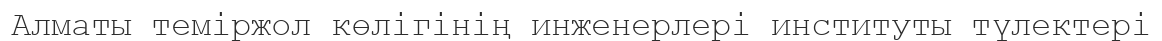
Алматы теміржол көлігінің инженерлері институты түлектері